Black-water fever - Number 35
Disease focus: Fever
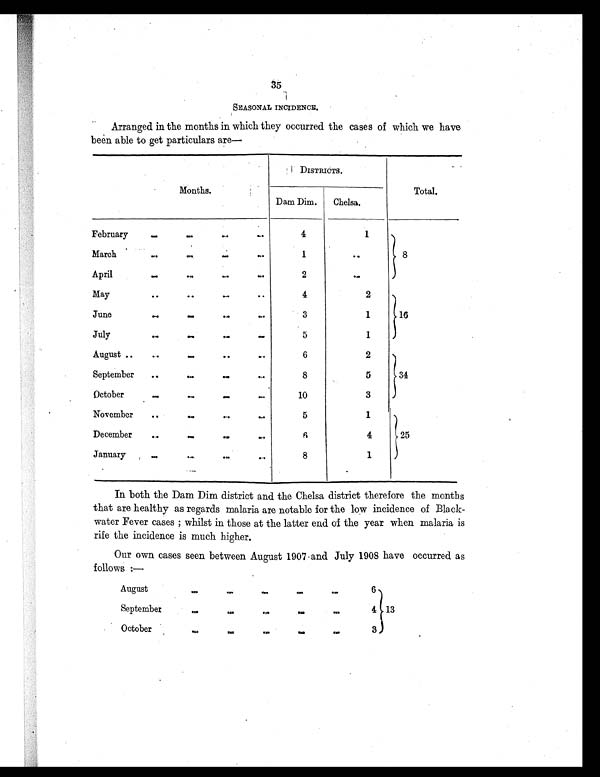
35
SEASONAL INCIDENCE.
Arranged in the months in which they occurred the cases of which we have
been able to get particulars are—
Months.
DISTRICTS.
Total.
Dam Dim.
Chelsa.
February
...
...
...
...
4
1
March
...
...
...
1
. . .
8
April
...
...
...
...
2
. . .
May
...
...
...
...
4
2
June
...
...
...
...
3
1
16
July
...
...
...
...
5
1
August
...
... ...
...
6
2
September
..
...
...
...
8
5
34
October
... ... ... ... ...
10
3
November
...
...
...
5
1
December
...
. . .
. . .
. . .
6
4
25
January
... ... ... ...
8
1
In both the Dam Dim district and the Chelsa district therefore the months
that are healthy as regards malaria are notable for the low incidence of Black-
water Fever cases; whilst in those at the latter end of the year when malaria is
rife the incidence is much higher.
Our own cases seen between August 1907 and July 1908 have occurred as
follows:—
August
... ... ... ... ...
6
September
... ... ... ... ...
4 13
October
... ... ... ... ...
3